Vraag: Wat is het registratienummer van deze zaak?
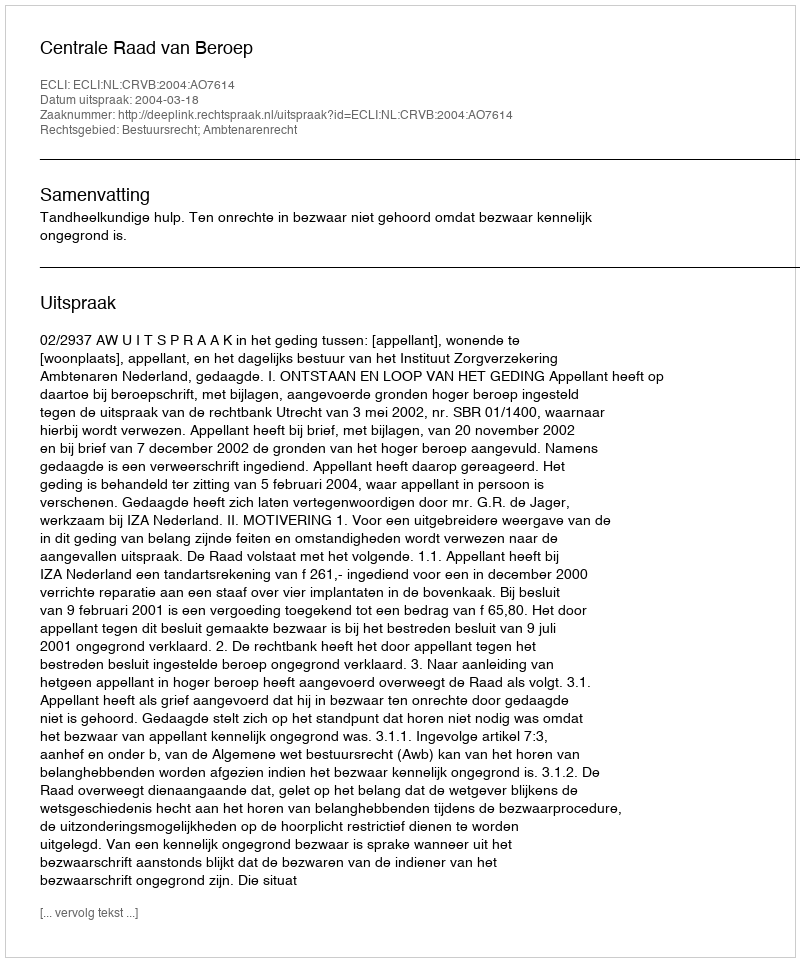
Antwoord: http://deeplink.rechtspraak.nl/uitspraak?id=ECLI:NL:CRVB:2004:AO7614